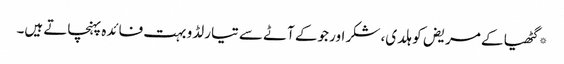
*گٹھیا کے مریض کو ہلدی، شکر اور جوکے آٹے سے تیار لڈو بہت فائدہ پہنچاتے ہیں۔